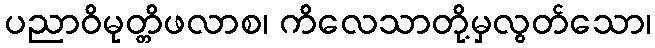
ပညာဝိမုတ္တိဖလာစ၊ ကိလေသာတို့မှလွတ်သော၊